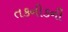
તકનીકની